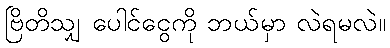
ဗြိတိသျှ ပေါင်ငွေကို ဘယ်မှာ လဲရမလဲ။